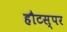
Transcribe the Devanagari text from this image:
हौटस्पर